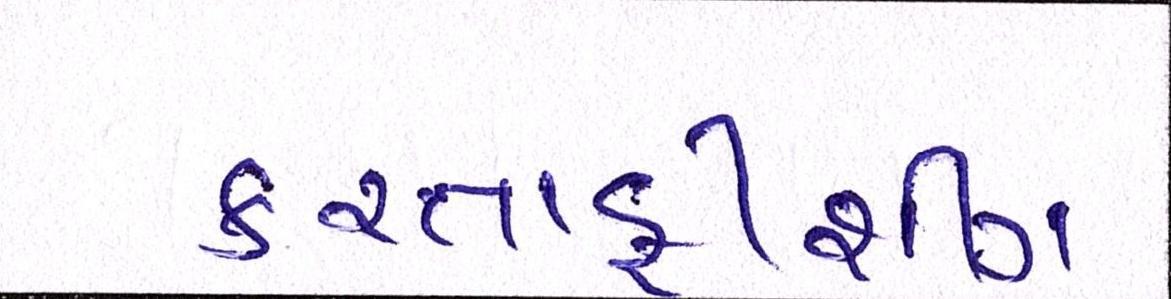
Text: કરતાફીશીંગ